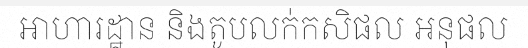
អាហារដ្ឋាន និងតូបលក់កសិផល អនុផល